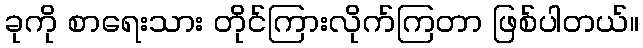
ခုကို စာရေးသား တိုင်ကြားလိုက်ကြတာ ဖြစ်ပါတယ်။